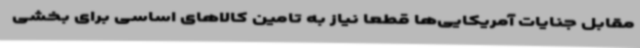
مقابل جنایات آمریکایی‌ها قطعا نیاز به تامین کالاهای اساسی برای بخشی